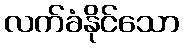
လက်ခံနိုင်သော